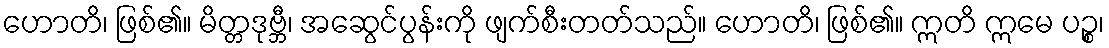
ဟောတိ၊ ဖြစ်၏။ မိတ္တဒုဗ္ဘီ၊ အဆွေင်ပွန်းကို ဖျက်စီးတတ်သည်။ ဟောတိ၊ ဖြစ်၏။ ဣတိ ဣမေ ပဉ္စ၊